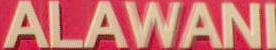
ALAWANI